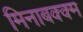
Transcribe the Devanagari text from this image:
मिनाबक्क्म